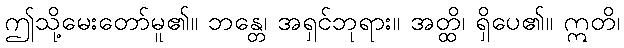
ဤသို့မေးတော်မူ၏။ ဘန္တေ၊ အရှင်ဘုရား။ အတ္ထိ၊ ရှိပေ၏။ ဣတိ၊